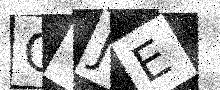
Text: GVJE